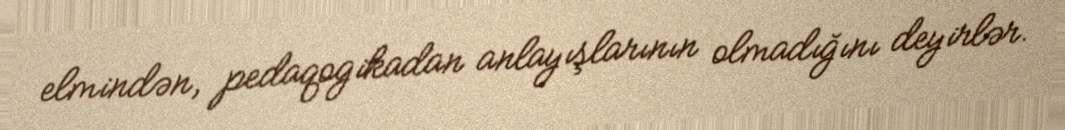
elmindən, pedaqogikadan anlayışlarının olmadığını deyirlər.